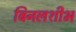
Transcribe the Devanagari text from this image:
बिनलशीभ